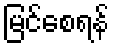
မြင်စေရန်